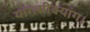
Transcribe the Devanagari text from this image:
यांग्त्सीक्यांग।